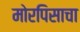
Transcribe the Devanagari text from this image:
मोरपिसाचा